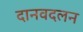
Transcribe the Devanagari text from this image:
दानवदलन